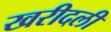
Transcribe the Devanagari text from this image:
खरीदली